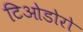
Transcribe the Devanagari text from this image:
टिओडोरो